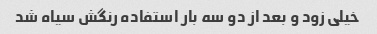
خیلی زود و بعد از دو سه بار استفاده رنگش سیاه شد